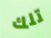
تلك